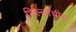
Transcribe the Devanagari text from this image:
भिल्लांचीच